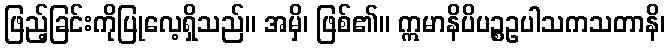
ဖြည့်ခြင်းကိုပြုလေ့ရှိသည်။ အမှိ၊ ဖြစ်၏။ ဣမာနိပိပဉ္စဥပါသကသတာနိ၊